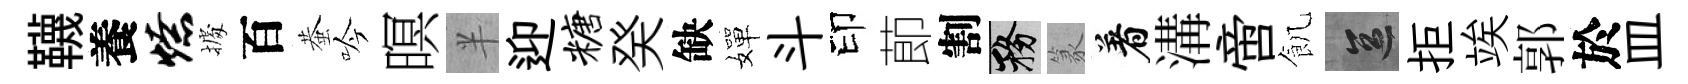
韈養燎𢴃百蛬吟暝半迎糖癸缺嬋斗印莭割務篆着溝啻飢區拒竢郭於皿